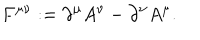
LaTeX: F ^ { \mu \nu } : = \partial ^ { \mu } A ^ { \nu } - \partial ^ { \nu } A ^ { \mu } .